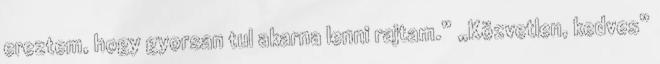
ereztem, hogy gyorsan tul akarna lenni rajtam.” „Közvetlen, kedves”